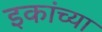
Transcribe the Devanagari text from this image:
इकांच्या